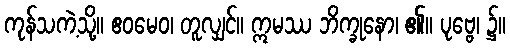
ကုန်သကဲ့သို့။ ဧဝမေဝ၊ တူလျှင်။ ဣမဿ ဘိက္ခုနော၊ ၏။ ပုဗ္ဗေ၊ ၌။